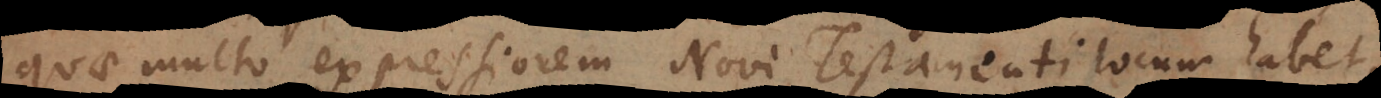
quae multo expressiorem Novi Testamenti locum habet,